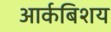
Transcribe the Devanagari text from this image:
आर्कबिशय